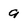
Character: 9